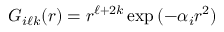
G _ { i \ell k } ( r ) = r ^ { \ell + 2 k } \exp { ( - \alpha _ { i } r ^ { 2 } ) }